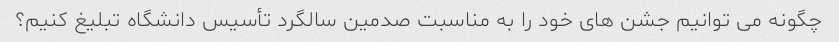
چگونه می توانیم جشن های خود را به مناسبت صدمین سالگرد تأسیس دانشگاه تبلیغ کنیم؟